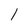
Character: l